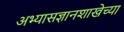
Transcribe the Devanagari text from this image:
अभ्यासज्ञानशाखेच्या